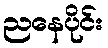
ညနေပိုင်း